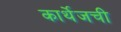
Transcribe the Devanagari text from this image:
कार्थेजची